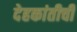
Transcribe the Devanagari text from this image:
देहकांतीची